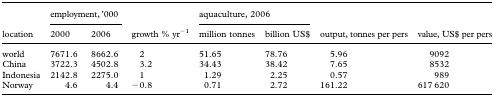
<table><thead><tr><td rowspan="2"><b>location</b></td><td colspan="2"><b>employment, &#x27;000</b></td><td rowspan="2"><b>growth % yr<sup>−1</sup></b></td><td colspan="2"><b>aquaculture, 2006</b></td><td rowspan="2"><b>output, tonnes per pers</b></td><td rowspan="2"><b>value, US$ per pers</b></td></tr><tr><td><b>2000</b></td><td><b>2006</b></td><td><b>million tonnes</b></td><td><b>billion US$</b></td></tr></thead><tbody><tr><td>world</td><td>7671.6</td><td>8662.6</td><td>2</td><td>51.65</td><td>78.76</td><td>5.96</td><td>9092</td></tr><tr><td>China</td><td>3722.3</td><td>4502.8</td><td>3.2</td><td>34.43</td><td>38.42</td><td>7.65</td><td>8532</td></tr><tr><td>Indonesia</td><td>2142.8</td><td>2275.0</td><td>1</td><td>1.29</td><td>2.25</td><td>0.57</td><td>989</td></tr><tr><td>Norway</td><td>4.6</td><td>4.4</td><td>−0.8</td><td>0.71</td><td>2.72</td><td>161.22</td><td>617 620</td></tr></tbody></table>